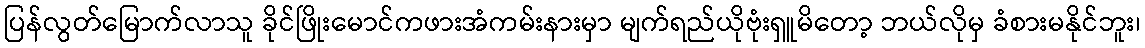
ပြန်လွတ်မြောက်လာသူ ခိုင်ဖြိုးမောင်ကဖားအံကမ်းနားမှာ မျက်ရည်ယိုဗုံးရှူမိတော့ ဘယ်လိုမှ ခံစားမနိုင်ဘူး၊